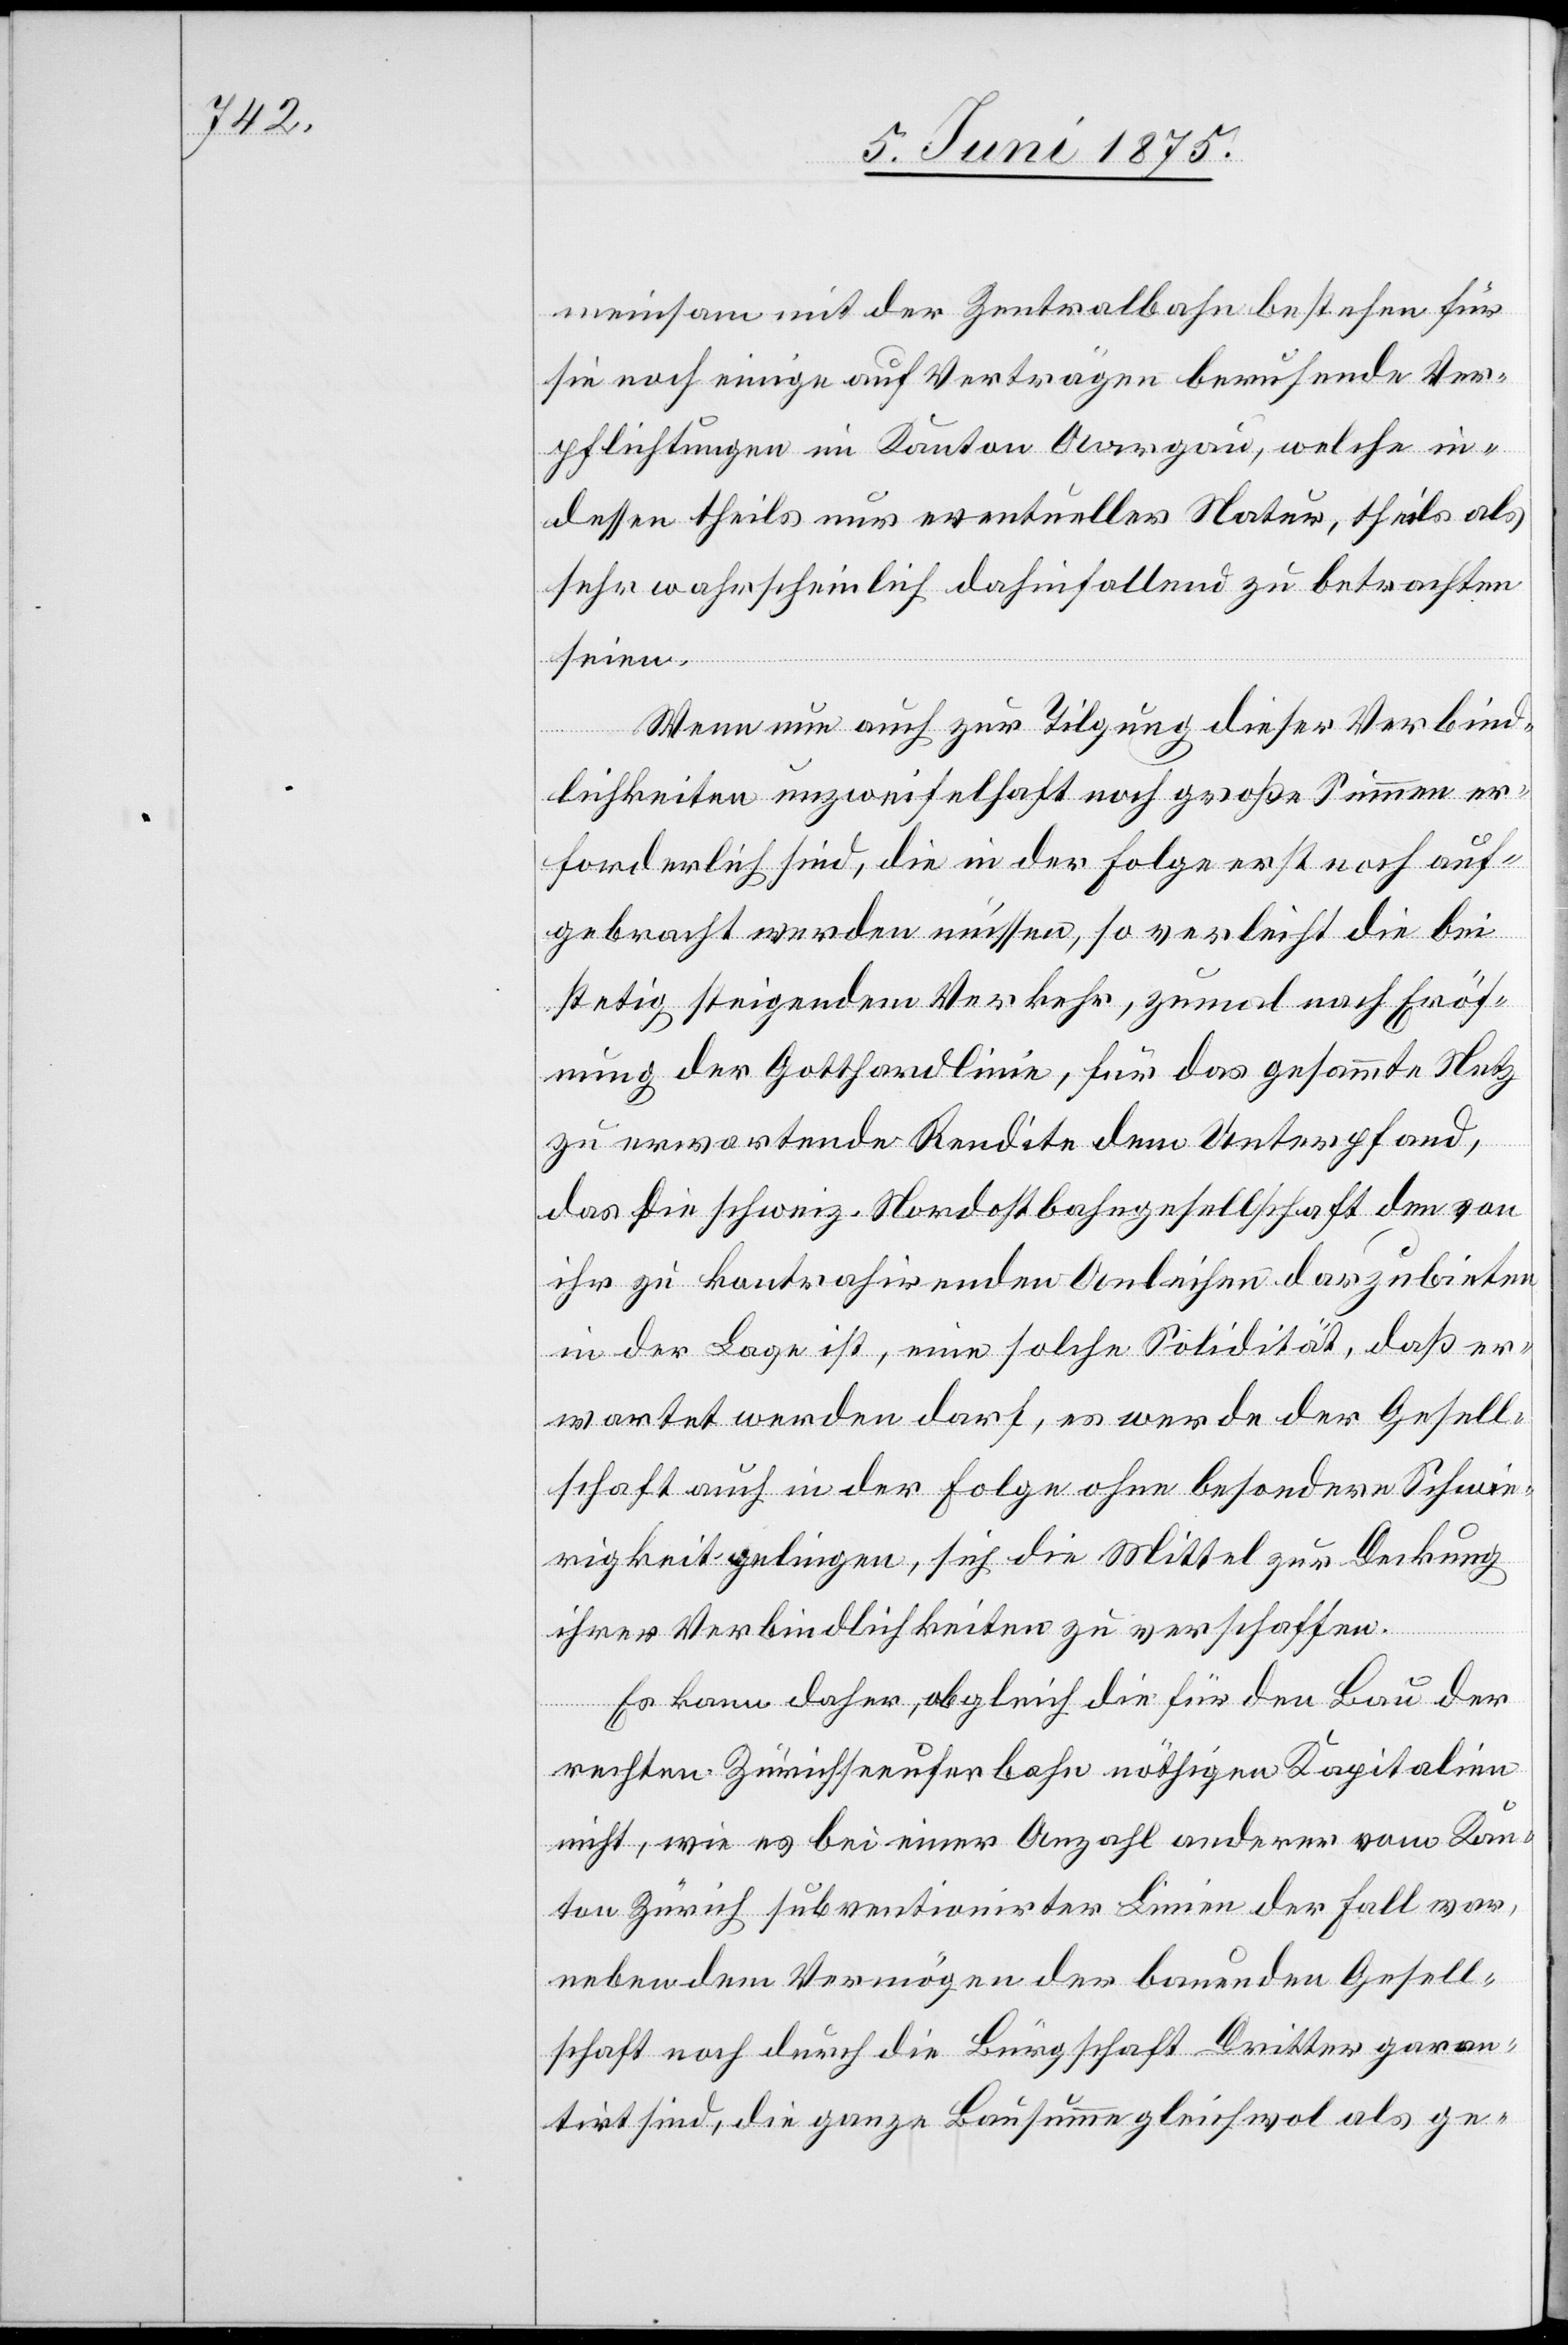
meinsam mit der Zentralbahn bestehen für
sie noch einige auf Verträge beruhende Ver¬
pflichtungen im Kanton Aargau, welche in¬
dessen theils nur eventueller Natur, theils als
sehr wahrscheinlich dahinfallen zu betrachten
seien.
Wenn nun auch zur Tilgung dieser Verbind¬
lichkeiten unzweifelhaft noch große Summen er¬
forderlich sind, die in der Folge erst noch auf¬
gebracht werden müssen, so verleiht die bei
stetig steigendem Verkehr, zumal nach Eröf¬
fnung der Gotthardlinie, für das gesammte Netz
zu erwartende Rendite dem Unterpfand,
das die schweiz. Nordostbahngesellschaft dem von
ihr zu kontrahirenden Anleihen darzubieten
in Lage ist, eine solche Solidität, daß er¬
wartet werden darf, es werde der Gesell¬
schaft auch in der Folge ohne besondere Schwie¬
rigkeit gelingen, sich die Mittel zur Deckung
ihrer Verbindlichkeiten zu verschaffen.
Es kann daher, obgleich die für den Bau der
rechten Zürichseeuferbahn nöthigen Kapitalien
nicht, wie es bei einer Anzahl anderer vom Kan¬
ton Zürich subventionirten Linien der Fall war,
neben dem Vermögen der bauenden Gesell¬
schaft noch durch die Bürgschaft Dritter garan¬
tirt sind, die ganze Bausumme gleichwol als ge-